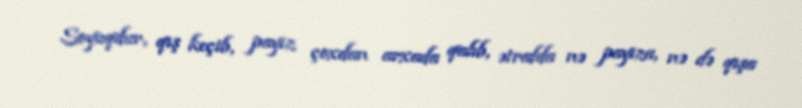
Soyuqdur, qış keçib, payız çoxdan arxada qalıb, ətrafda nə payıza, nə də qışa